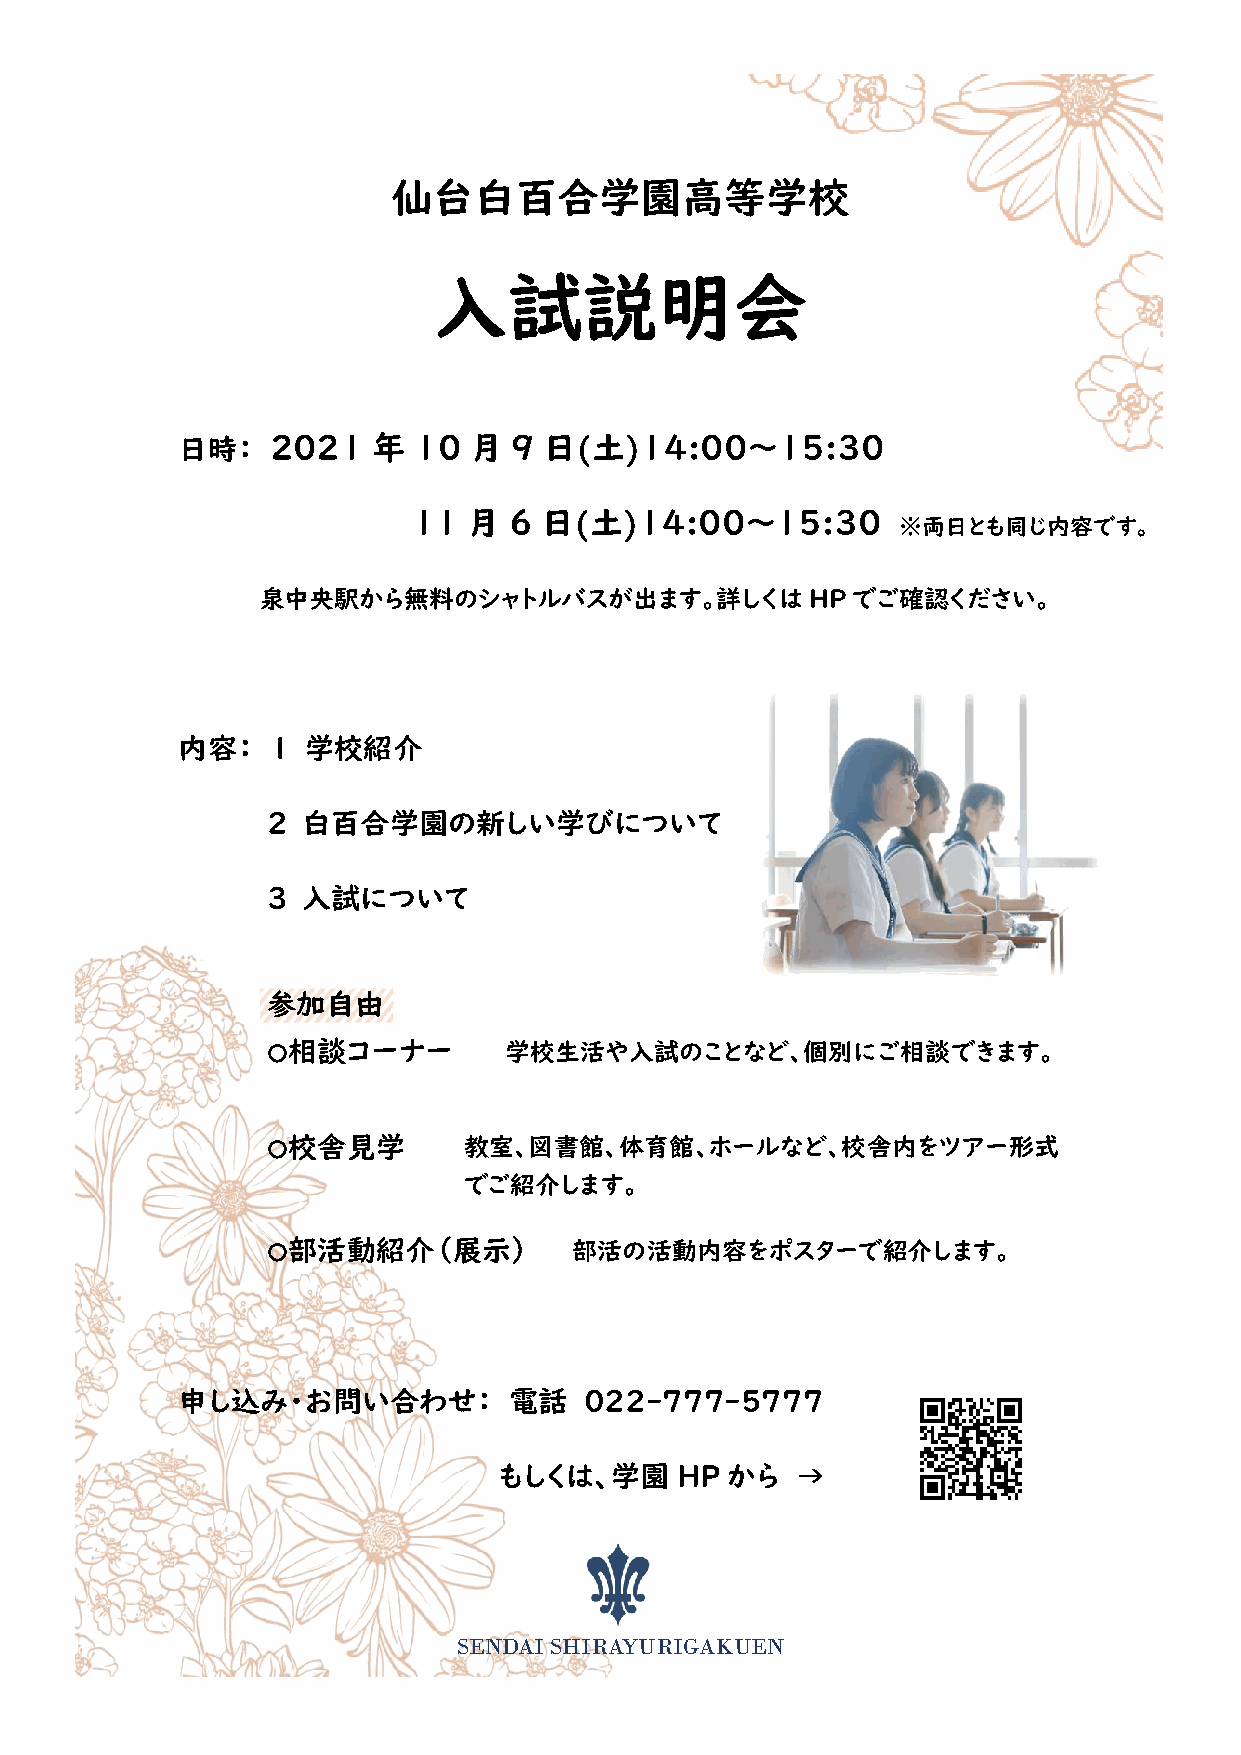
仙台白百合学園高等学校
 入試説明会
 日時：   2021   年 10  月  9 日(土)14:00～15:30
 11  月  6 日(土)14:00～15:30
 ※両日とも同じ内容です。
 泉中央駅から無料のシャトルバスが出ます。詳しくは             HP でご確認ください。
 内容：   1 学校紹介
 2 白百合学園の新しい学びについて
 3 入試について
 参加自由
 〇相談コーナー        学校生活や入試のことなど、個別にご相談できます。
 〇校舎見学        教室、図書館、体育館、ホールなど、校舎内をツアー形式
 でご紹介します。
 〇部活動紹介（展示）          部活の活動内容をポスターで紹介します。
 申し込み・お問い合わせ：          電話   022-777-5777
 もしくは、学園     HP から   →
 SENDAI SHIRAYURIGAKUEN